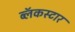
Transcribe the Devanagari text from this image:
ब्लॅकस्टार